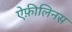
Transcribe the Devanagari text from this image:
ऐफ़ीलिनस